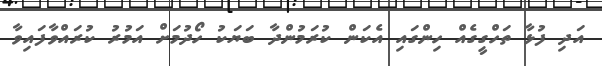
އަދި ފުޅާ ތަހްގީގެއް ހިންގައި އެކަން ކުރަމުންދާ ބަޔަކު ހޯދުމަށް އަމުރު ކުރައްވާފައިވާ